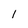
Character: l